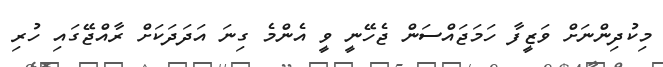
މިކުދިންނަށް ވަޒީފާ ހަމަޖައްސަން ޖެހޭނީ ވީ އެންމެ ގިނަ އަދަދަކަށް ރާއްޖޭގައި ހުރި